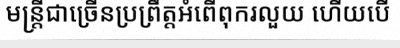
មន្ត្រីជាច្រើនប្រព្រឹត្តអំពើពុករលួយ ហើយបើ